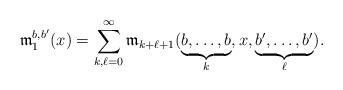
LaTeX: \begin{align*}\frak m_1^{b,b'}(x) = \sum_{k,\ell=0}^{\infty}\frak m_{k+\ell+1}(\underbrace{b,\dots,b}_{k},x,\underbrace{b',\dots,b'}_{\ell}).\end{align*}